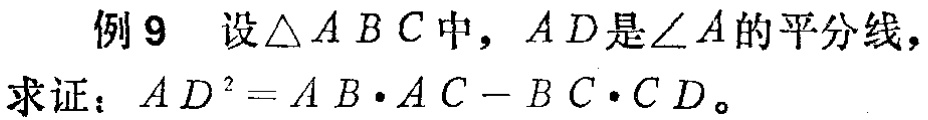
例9 设$\triangle ABC$中，$AD$是$\angle A$的平分线，
求证：$AD^{2}=AB\cdot AC - BC\cdot CD$。